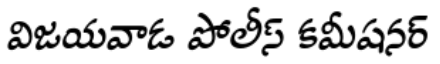
విజయవాడ పోలీస్ కమీషనర్